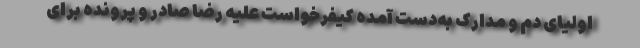
اولیای دم و مدارک به‌دست آمده کیفرخواست علیه رضا صادر و پرونده برای